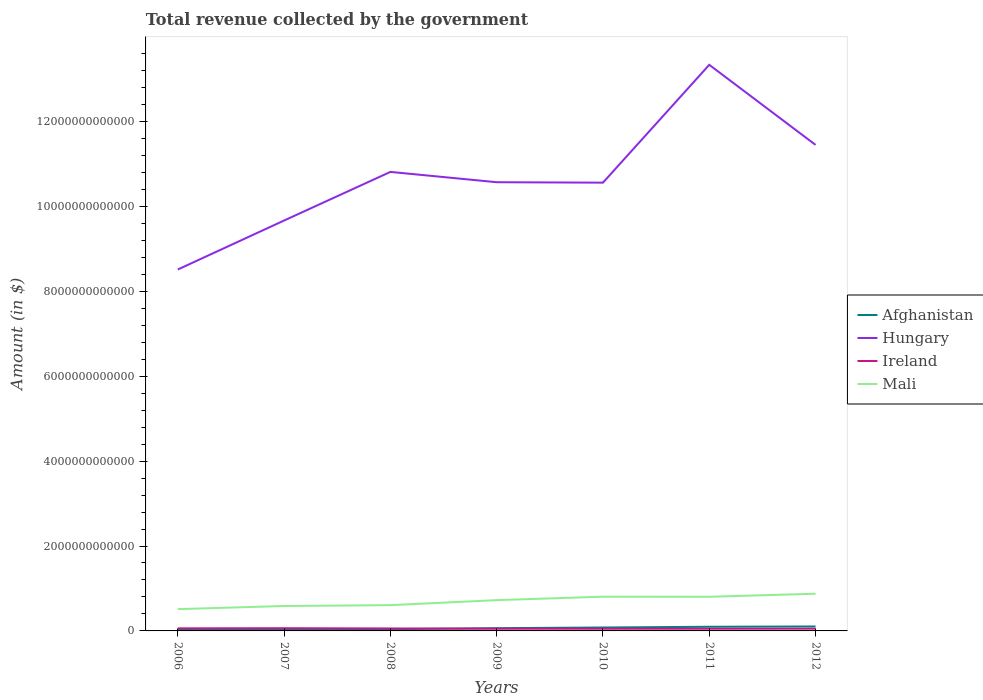
| Years | Afghanistan | Hungary | Ireland | Mali |
 | --- | --- | --- | --- | --- |
 | 2006 | 3.12e+10 | 8.51e+12 | 6.09e+10 | 5.13e+11 |
 | 2007 | 3.4e+10 | 9.67e+12 | 6.36e+10 | 5.87e+11 |
 | 2008 | 4.15e+10 | 1.08e+13 | 5.81e+10 | 6.07e+11 |
 | 2009 | 6.47e+10 | 1.06e+13 | 5.15e+10 | 7.25e+11 |
 | 2010 | 8.06e+10 | 1.06e+13 | 5.09e+10 | 8.06e+11 |
 | 2011 | 9.79e+10 | 1.33e+13 | 5.11e+10 | 8.05e+11 |
 | 2012 | 1.05e+11 | 1.14e+13 | 5.25e+10 | 8.76e+11 |